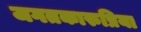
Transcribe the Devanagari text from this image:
जगतकारुप्रिया